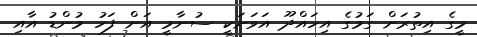
މީގެ އިތުރަށް ގަމުގެ އިހައްދޫ އަވަށަކީ ސުނާމީ އަށް ފަހު މުންޑު އާއި